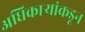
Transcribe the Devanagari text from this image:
अधिकार्‍यांकडून